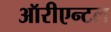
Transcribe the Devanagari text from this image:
ऑरीएन्टल